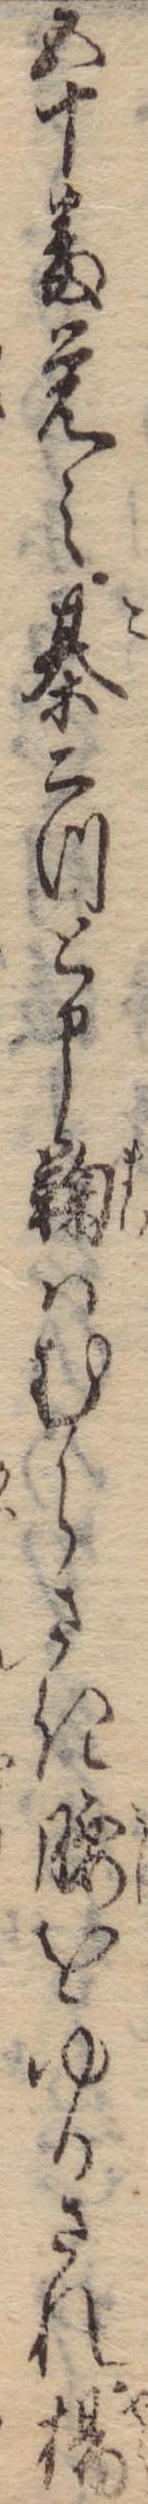
五十番覚え棊二つと申鞠はむらさき腰をゆるされ楊